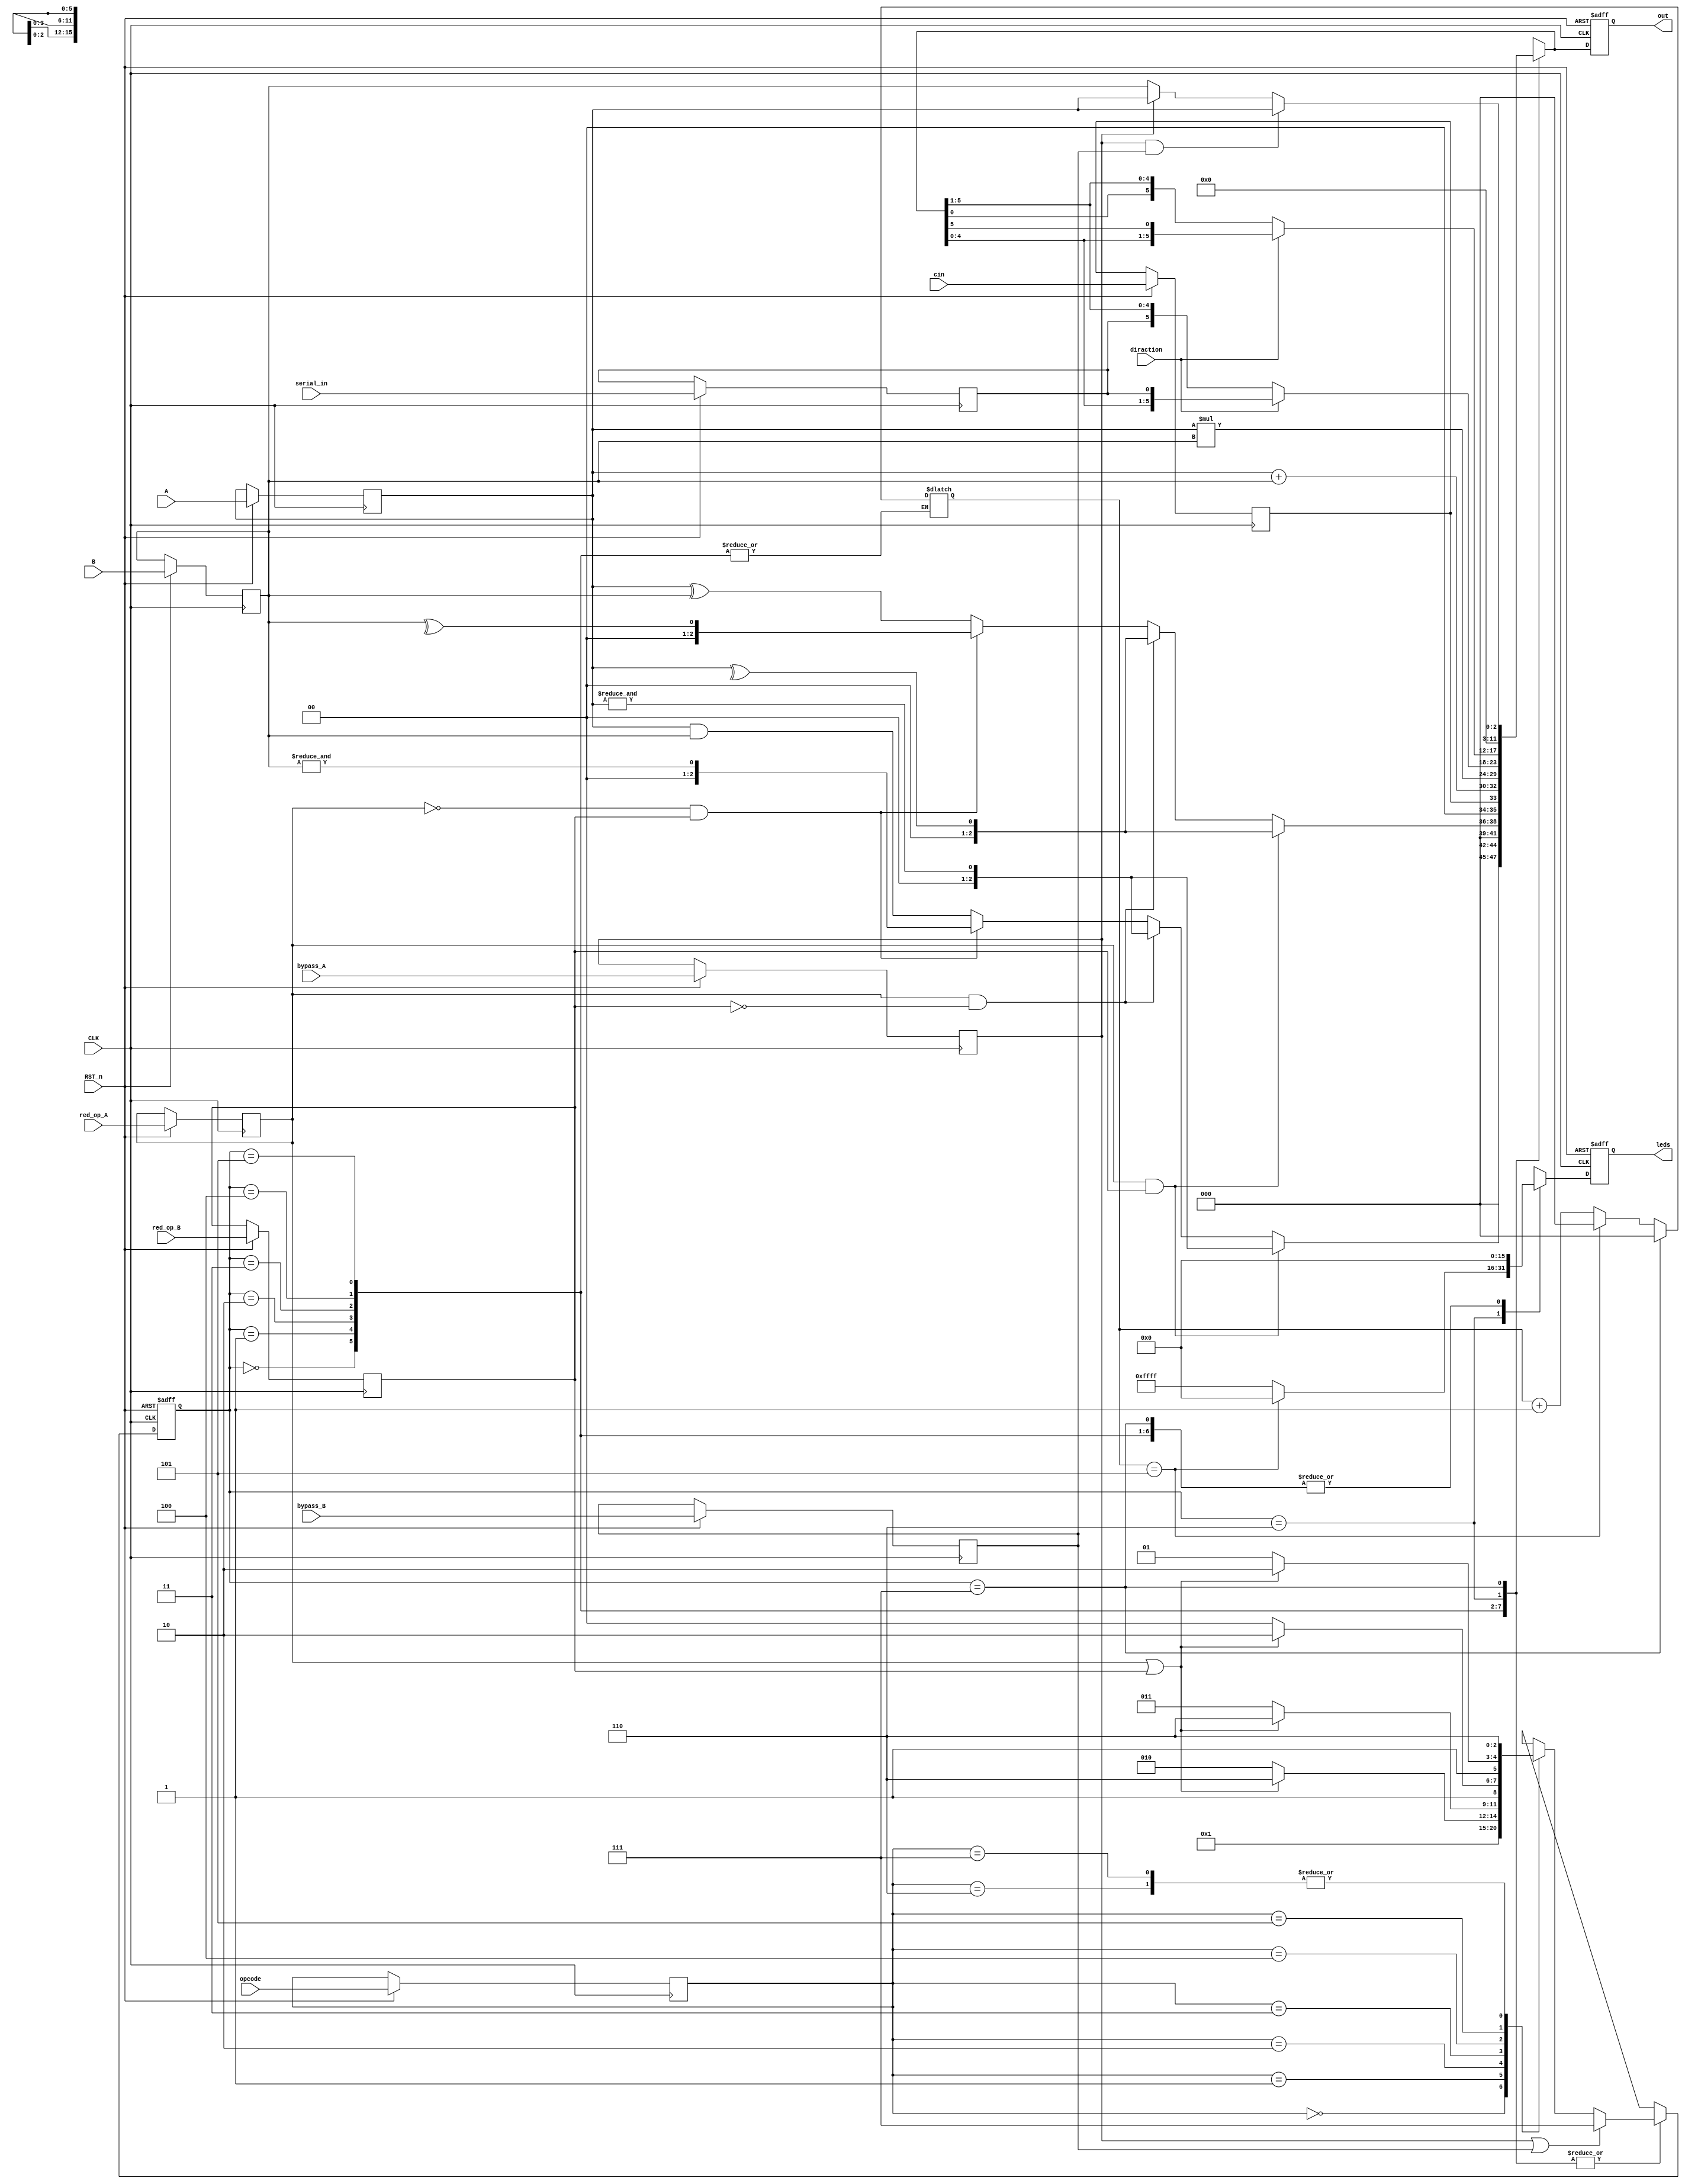
module ALSU_Project(
input [2:0] A, B, opcode,
input cin, serial_in, diraction,
input red_op_A, red_op_B,
input bypass_A, bypass_B,
input CLK, RST_n,
output reg [5:0] out,
output reg [15:0] leds
	       );
////////////////////////////////////////////////////////////
/////// make internal reg for all inputs & outputs ////////
///////////////////////////////////////////////////////////

reg [2:0] A_internal, B_internal, opcode_internal;
reg cin_internal, serial_in_internal, diraction_internal;
reg red_op_A_internal, red_op_B_internal;
reg bypass_A_internal, bypass_B_internal;
reg [5:0] out_internal;
reg [15:0]leds_internal;
reg [2:0]current_state;
reg [2:0]next_state   ;
reg [2:0]count;
integer i;
//////////////////parameters///////////////

localparam AND = 'b000, XOR = 'b001, Addition = 'b010,
Muliplication =  'b011, Shift = 'b100, Rotate = 'b101,
Invalid = 'b110, Bypass = 'b111,
INPUT_PRIOPRTY = "A",
FULL_ADDER     ="ON";

////////////////////////////////////////////////////////////////////////////////////////
/////// Assign internal reg for all inputs & outputs to  there inputs & outputs ////////
///////////////////////////////////////////////////////////////////////////////////////

always @(posedge CLK or negedge RST_n) begin
	
	if (!RST_n) begin 
	 out  <= 0;
        leds <= 0;
       
	end

	else begin
      A_internal   <= A; 
      B_internal   <= B;
      cin_internal <= cin;
      out          <= out_internal;
      leds         <= leds_internal   ;
      opcode_internal<= opcode;
        serial_in_internal <= serial_in;
        diraction_internal <= diraction;
        red_op_A_internal  <= red_op_A;
        red_op_B_internal  <= red_op_B;
        bypass_A_internal  <= bypass_A;
        bypass_B_internal  <= bypass_B;
	end
end

///////////////////////////////////////////////////////
//////////////////// STATE MEMORY /////////////////////
///////////////////////////////////////////////////////
always @(posedge CLK or negedge RST_n) begin
   
   if (!RST_n) begin 
      current_state <= Bypass;
   end

   else begin
      current_state <= next_state;
   end
end






///////////////////////////////////////////////////////
//////////////////// NEXT STATE ///////////////////////
///////////////////////////////////////////////////////

always @(*) begin

	case(current_state)
        AND,XOR,Addition,Muliplication,Shift,Rotate,Invalid,Bypass:
        begin          
             if (bypass_A_internal || bypass_B_internal) begin
                next_state = Bypass ;
             end
              
             else begin
                  
                  case(opcode_internal)
                   3'b000:          next_state = AND;

                   3'b001:          next_state = XOR;

                   3'b010:     begin
                                 if (red_op_A_internal || red_op_B_internal )begin
                                    next_state = Invalid; 
                                 end
                                 else begin
                                    next_state = Addition;
                                 end
                                 end
                                 
                   3'b011:begin
                                 if (red_op_A_internal || red_op_B_internal )begin
                                    next_state = Invalid; 
                                 end
                                 else begin
                                    next_state = Muliplication;
                                 end
                                 end

                   3'b100:        begin
                                 if (red_op_A_internal || red_op_B_internal )begin
                                    next_state = Invalid; 
                                 end
                                 else begin
                                    next_state = Shift;
                                 end
                                 end

                   3'b101:       begin
                                 if (red_op_A_internal || red_op_B_internal )begin
                                    next_state = Invalid; 
                                 end
                                 else begin
                                    next_state = Rotate;
                                 end
                                 end
                   3'b110:      next_state = Invalid; 

               // 3'b111 not 111 only (edited)
                   3'b111:          next_state = Invalid;  /// Right?! ///
                   
                   default: next_state = Invalid; // ADDED
                  endcase

             end
         end  
          default: next_state = Invalid;   // ADDED 
 endcase
           
end




///////////////////////////////////////////////////////
////////////////////// OUTPUT /////////////////////////
///////////////////////////////////////////////////////


always @(*) begin
leds_internal = 0 ;	


	case(current_state)
        AND:         begin 
                     if (red_op_A_internal && red_op_B_internal )begin
                          if(INPUT_PRIOPRTY == "A") out_internal = &A_internal;
                          else out_internal = &B_internal;
                      end 
                      else if (red_op_A_internal && (!red_op_B_internal))begin
                      	   out_internal = &A_internal;
                      end
                      else if ((!red_op_A_internal) && red_op_B_internal)begin
                      	   out_internal = &B_internal;
                      end
                      else begin
                           out_internal = A_internal&B_internal;
                      end
                      end


        XOR:         begin  
                     if (red_op_A_internal && red_op_B_internal )begin
                          if(INPUT_PRIOPRTY == "A") out_internal = ^A_internal;
                          else out_internal = ^B_internal;
                      end 
                      else if (red_op_A_internal && (!red_op_B_internal))begin
                      	   out_internal = ^A_internal;
                      end
                      else if (!red_op_A_internal && red_op_B_internal)begin
                      	   out_internal = ^B_internal;
                      end
                      else begin
                           out_internal = A_internal^B_internal;
                      end
                      end

        Addition:    begin 
                     if (FULL_ADDER=="ON") begin
                      out_internal = {cin_internal,(A_internal+B_internal)};
                      end
                      else begin
                      out_internal = A_internal+B_internal;
                      end
                      end

        Muliplication: out_internal = A_internal*B_internal;

        Shift:        begin
                      if (diraction) begin
                        out_internal = { out_internal[4:0],serial_in_internal};
                     end
                     else begin
                        out_internal = {serial_in_internal, out_internal[5:1]}; 
                     end
                     end                    
 
        Rotate:      begin
                        if (diraction) begin
                        out_internal = {out_internal[4:0] ,out_internal[5]};
                        end
                        else begin
                        out_internal = {out_internal[0],out_internal[5:1]}; 
                        end
                     end
        Invalid:    begin 
                    out_internal = 0;
                     if (count == 3'b101) begin
                        count = 0;
                        
                     end
                     else begin
                        count = count+1;
                        leds_internal = ~leds_internal;
                     end
                     end
        Bypass:   begin 
                   count = 0;
                  if (bypass_A_internal && bypass_B_internal)begin
                   if(INPUT_PRIOPRTY == "A") out_internal = A_internal;
                          else out_internal = B_internal;
                end
                else if (bypass_A_internal)begin
                   out_internal = A_internal;
                end
                else begin
                   out_internal = B_internal;            
                end    
                end  
         
        
        default : out_internal = 'b0 ;  // ADDED
	endcase
end

endmodule